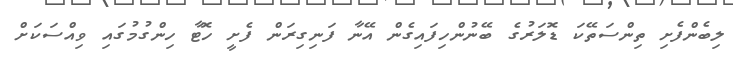
ލިބެންފެށި ތިންސަތޭކަ ޑޮލަރުގެ ބޭނުންހިފައިގެން އޭނާ ފަނިގިރަން ފެށީ ހޮޓާ ހިންގުމުގައި ވިއްސަކަށް